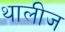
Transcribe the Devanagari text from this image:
थालीज